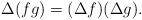
LaTeX: \begin{align*}\Delta(fg)=(\Delta f)(\Delta g).\end{align*}